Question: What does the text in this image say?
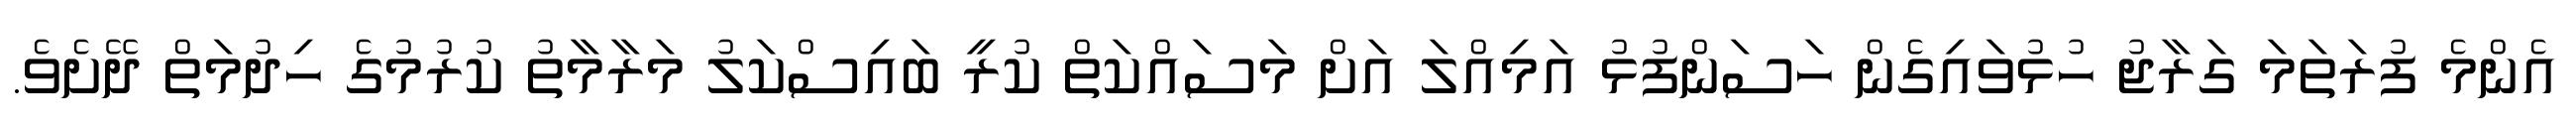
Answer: އެންމެ ފުރަތަމަ ގަރާޖު ހުޅުވައިގެން ހަސަންފުޅު އަމިއްލަ އަށް މަސައްކަތް ކުރީ ބައިސްކަލު މަރާމާތު ކުރުމުގެ ހިދުމަތް ދޭށެވެ.